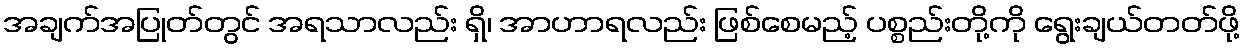
အချက်အပြုတ်တွင် အရသာလည်း ရှိ၊ အာဟာရလည်း ဖြစ်စေမည့် ပစ္စည်းတို့ကို ရွေးချယ်တတ်ဖို့